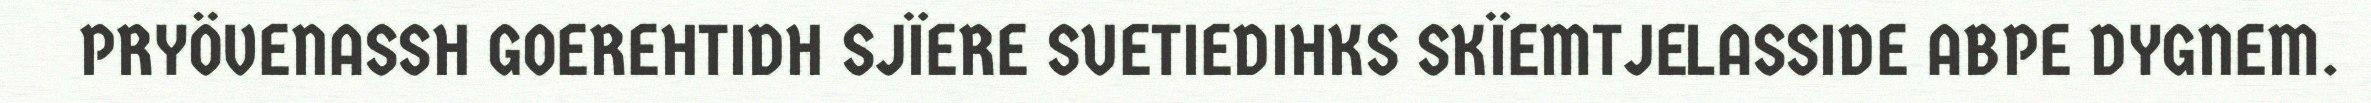
PRYÖVENASSH GOEREHTIDH SJÏERE SUETIEDIHKS SKÏEMTJELASSIDE ABPE DYGNEM.